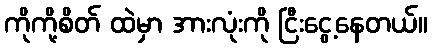
ကိုကို့စိတ် ထဲမှာ အားလုံးကို ငြီးငွေ့နေတယ်။